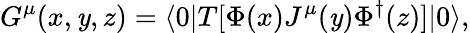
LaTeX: G^{\mu}(x,\mathit{y},z)=\langle0|T[\Phi(x)J^{\mu}(\mathit{y})\Phi^{\dagger}(z)]|0\rangle,